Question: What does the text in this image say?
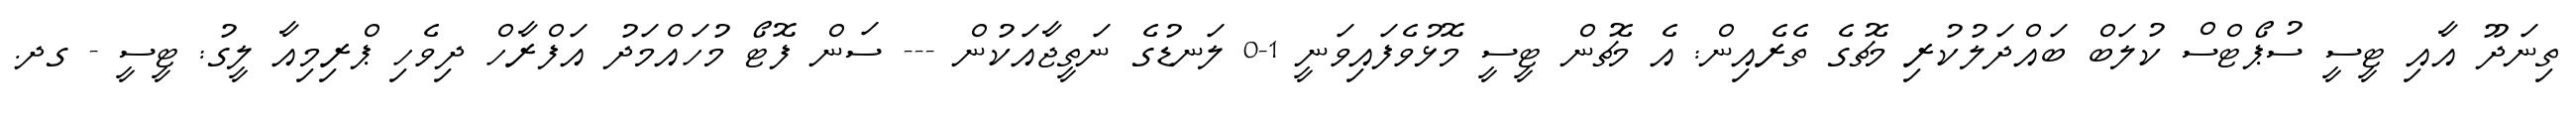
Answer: ތިނަދޫ އާއި ޓީސީ ސުޕޯޓްސް ކުލަބް ބައްދަލުކުރި މެޗުގެ ތެރެއިން: އެ މެޗުން ޓީސީ މޮޅުވެފައިވަނީ 1-0 ލަނޑުގެ ނަތީޖާއަކުން --- ސަން ފޮޓޯ މުހައްމަދު އަފްރާހް ދިވެހި ޕްރިމިއާ ލީގު: ޓީސީ - ގދ.